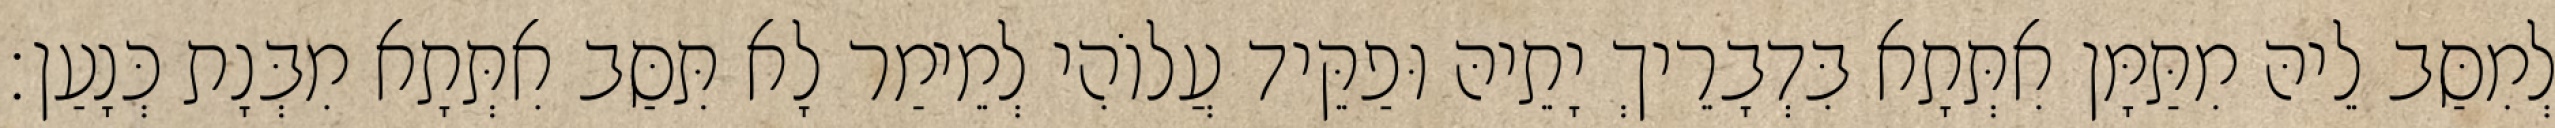
לְמִסַּב לֵיהּ מִתַּמָּן אִתְּתָא בִּדְבָרֵיךְ יָתֵיהּ וּפַקֵּיד עֲלוֹהִי לְמֵימַר לָא תִּסַּב אִתְּתָא מִבְּנָת כְּנָעַן׃